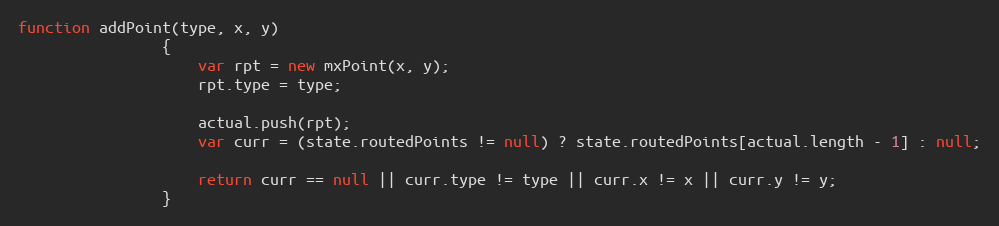
Language: JavaScript
function addPoint(type, x, y)
				{
					var rpt = new mxPoint(x, y);
					rpt.type = type;

					actual.push(rpt);
					var curr = (state.routedPoints != null) ? state.routedPoints[actual.length - 1] : null;

					return curr == null || curr.type != type || curr.x != x || curr.y != y;
				}